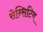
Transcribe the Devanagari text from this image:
सेन्सिटिव